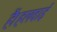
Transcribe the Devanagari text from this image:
हैं।हलवाई